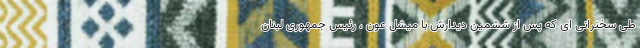
طی سخنرانی ای که پس از ششمین دیدارش با میشل عون ، رئیس جمهوری لبنان